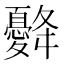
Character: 𢥙